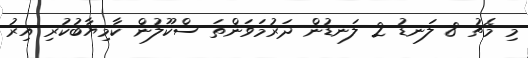
މި މެޗު 8 ލަނޑު 2 ލަނޑުން ދަރުމަވަންތަ ސްކޫލުން ކާމިޔާބުކުރި އިރު